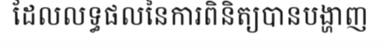
ដែលលទ្ធផលនៃការពិនិត្យបានបង្ហាញ